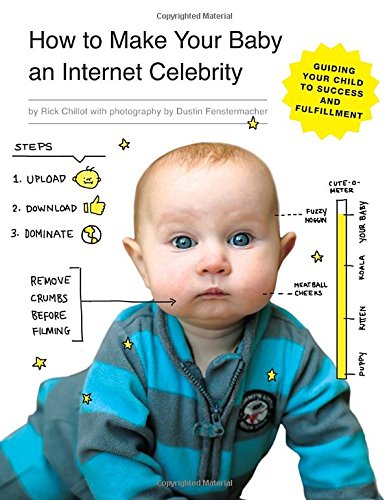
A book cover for How to Make Your Baby an Internet Celebrity: Guiding Your Child to Success and Fulfillment; Rick Chillot; Humor & Entertainment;